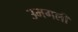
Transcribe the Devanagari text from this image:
उमगली